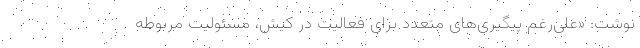
نوشت: «علی‌رغم پیگیری‌های متعدد برای فعالیت در کیش، مسئولیت مربوطه